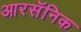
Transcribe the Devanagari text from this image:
आरसॅनिक